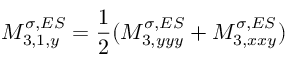
M _ { 3 , 1 , y } ^ { \sigma , E S } = \frac { 1 } { 2 } ( M _ { 3 , y y y } ^ { \sigma , E S } + M _ { 3 , x x y } ^ { \sigma , E S } )